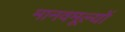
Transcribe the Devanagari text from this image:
मानवमूल्यों